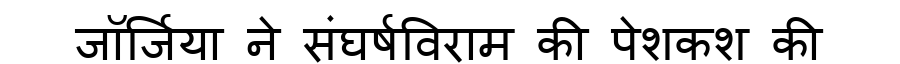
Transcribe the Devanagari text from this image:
जॉर्जिया ने संघर्षविराम की पेशकश की